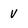
Character: V